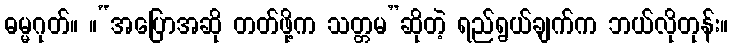
ဓမ္မဂုတ်။ ။“အပြောအဆို တတ်ဖို့က သတ္တမ”ဆိုတဲ့ ရည်ရွယ်ချက်က ဘယ်လိုတုန်း။